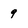
Character: 9